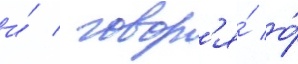
и́ / говор'я́ о́